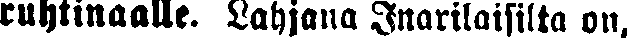
ruhtinaalle. Lahjana Inarilaisilta on,